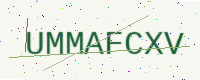
Text: UMMAFCXV